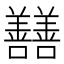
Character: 𡆃